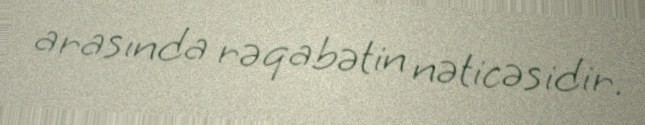
arasında rəqabətin nəticəsidir.